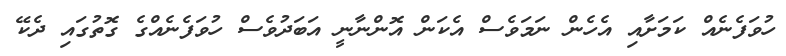
ހުވަފެނެއް ކަމަށާއި އެހެން ނަމަވެސް އެކަން އޮންނާނީ އަބަދުވެސް ހުވަފެނެއްގެ ގޮތުގައި ދެކޭ